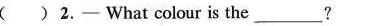
( )2.- What colour is the___ (3个_)?